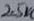
Text: 2.5K